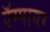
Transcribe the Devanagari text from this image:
ऍम्पायर